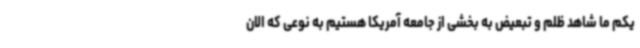
یکم ما شاهد ظلم و تبعیض به بخشی از جامعه آمریکا هستیم به نوعی که الان